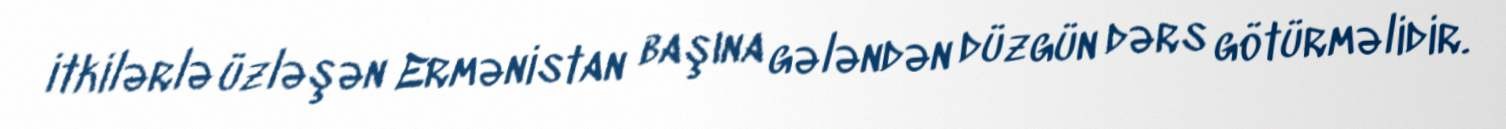
itkilərlə üzləşən Ermənistan başına gələndən düzgün dərs götürməlidir.